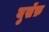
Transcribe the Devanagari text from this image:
युसॅफ़